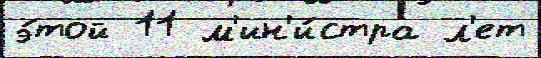
э́той 11 м'ин'и́стра л'ет